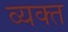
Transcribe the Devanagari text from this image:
व्‍यक्‍त